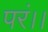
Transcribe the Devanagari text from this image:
परं।।